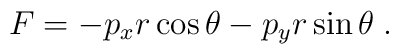
F = - p_x r \cos \theta - p_y r \sin \theta \; .